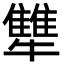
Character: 犨